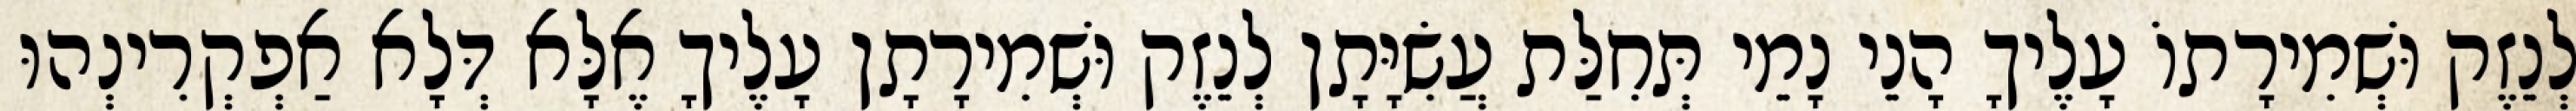
לְנֵזֶק וּשְׁמִירָתוֹ עָלֶיךָ הָנֵי נָמֵי תְּחִלַּת עֲשִׂיָּתָן לְנֵזֶק וּשְׁמִירָתָן עָלֶיךָ אֶלָּא דְּלָא אַפְקְרִינְהוּ